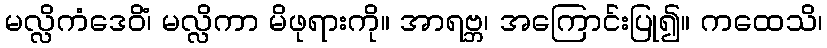
မလ္လိကံဒေဝိံ၊ မလ္လိကာ မိဖုရားကို။ အာရဗ္ဘ၊ အကြောင်းပြု၍။ ကထေသိ၊